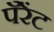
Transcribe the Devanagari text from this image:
पॅरेंट